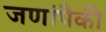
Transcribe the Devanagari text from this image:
जणांपैकी